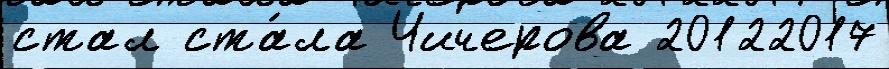
стал ста́ла Чичерова 20122017